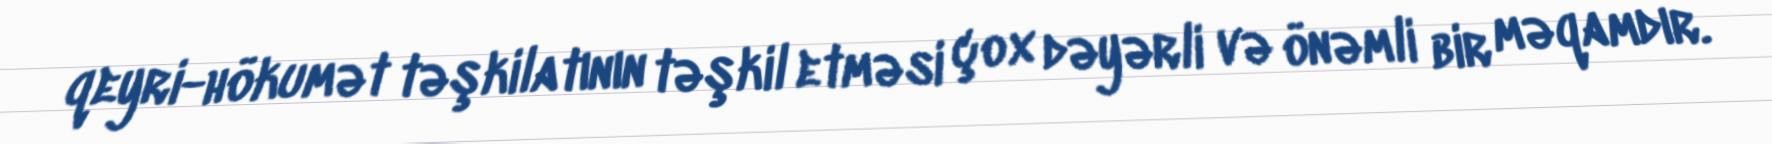
qeyri-hökumət təşkilatının təşkil etməsi çox dəyərli və önəmli bir məqamdır.